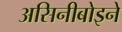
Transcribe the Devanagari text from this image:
असिनीबोइने